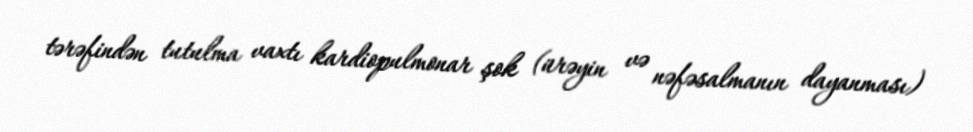
tərəfindən tutulma vaxtı kardiopulmonar şok (ürəyin və nəfəsalmanın dayanması)